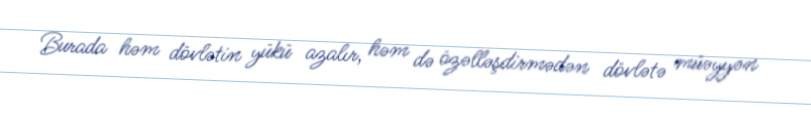
Burada həm dövlətin yükü azalır, həm də özəlləşdirmədən dövlətə müəyyən